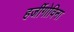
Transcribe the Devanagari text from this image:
हर्जीगोविना